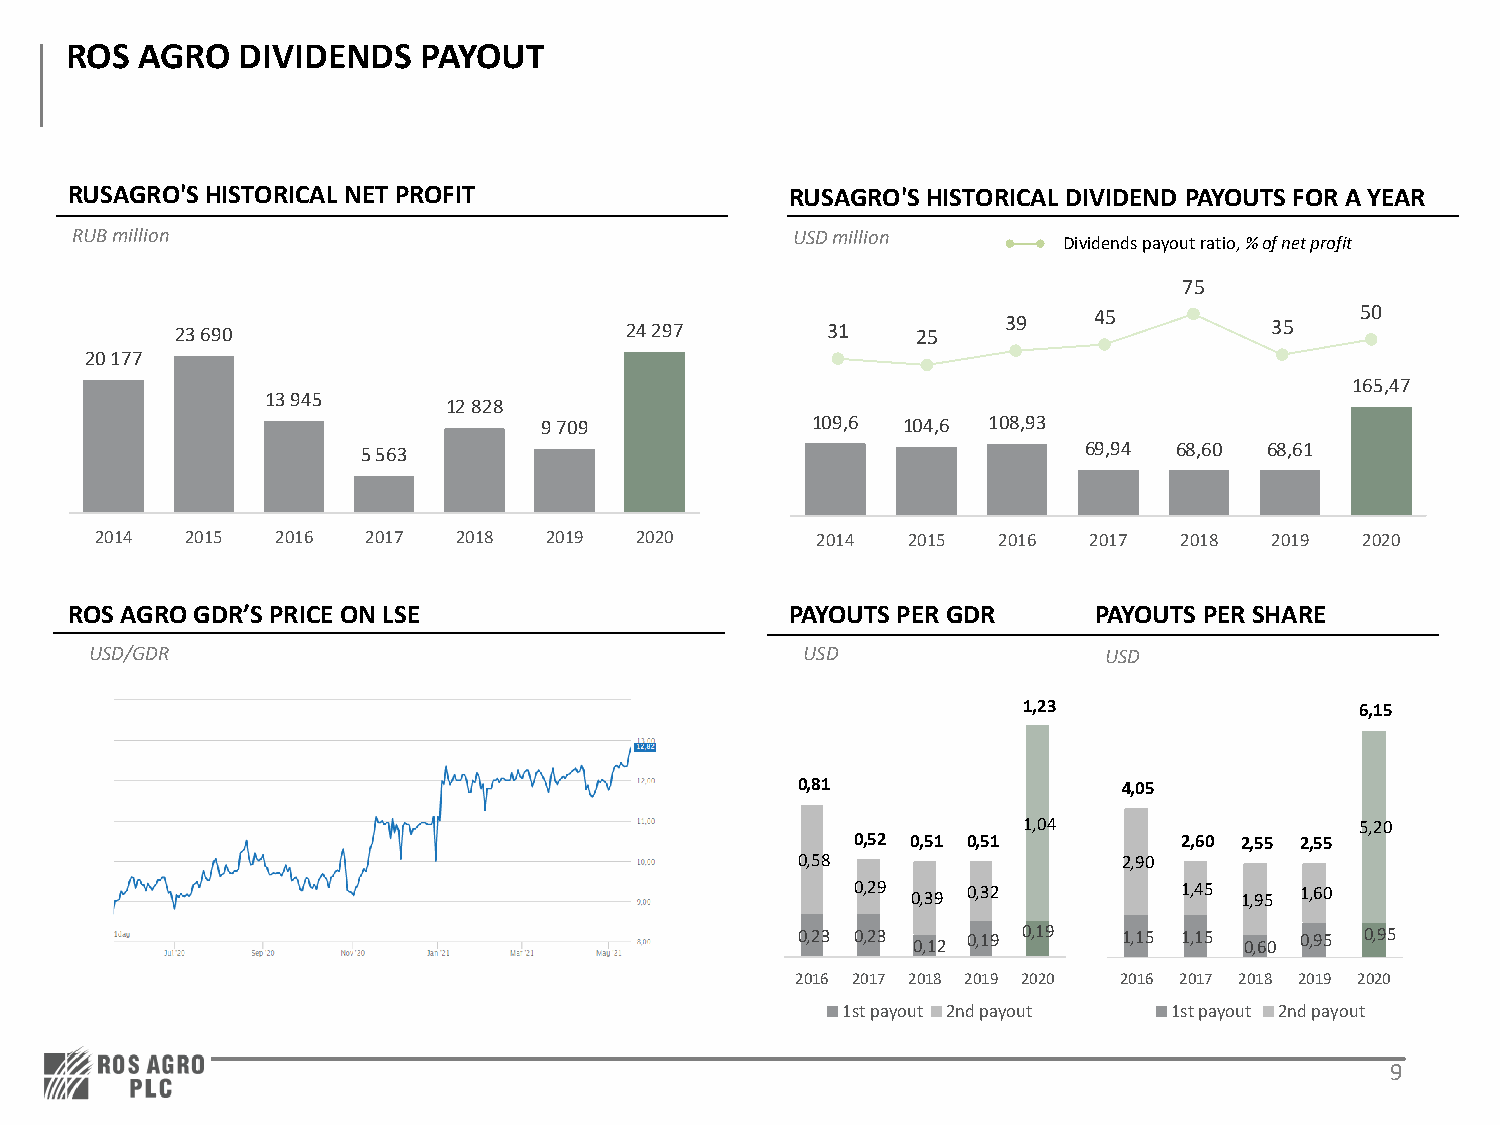
ROS  AGRO   DIVIDENDS   PAYOUT
 RUSAGRO'SHISTORICAL NET PROFIT                  RUSAGRO'S HISTORICAL DIVIDEND PAYOUTS FOR AYEAR
 RUB million                                    USD million
 Dividends payoutratio, % of net profit
 75
 23 690                       24 297        31    25    39   45          35    50
 20 177
 165,47
 13 945
 12 828
 9 709             109,6 104,6 108,93
 5 563                                           69,94 68,60 68,61
 2014  2015  2016  2017  2018  2019  2020        2014  2015  2016  2017  2018  2019  2020
 ROSAGRO GDR’S PRICE ON LSE                     PAYOUTS PER GDR     PAYOUTS PER SHARE
 USD/GDR                                        USD                 USD
 1,23                  6,15
 0,81                 4,05
 1,04                  5,20
 0,52 0,51 0,51       2,60 2,55 2,55
 0,58                 2,90
 0,29 0,39 0,32       1,45 1,95 1,60
 0,23 0,23 0,12 0,19 0,19 1,15 1,15 0,60 0,95 0,95
 2016 2017 2018 2019 2020 2016 2017 2018 2019 2020
 1st payout 2nd payout 1st payout 2nd payout
 9